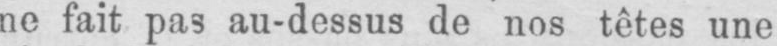
ne fait pas au-dessus de nos têtes une